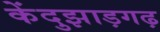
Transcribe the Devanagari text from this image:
केंदुझाड़गढ़